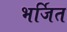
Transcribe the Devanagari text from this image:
भर्जित